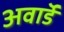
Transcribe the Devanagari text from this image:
अवाॅर्ड